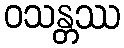
ဝသန္တဿ